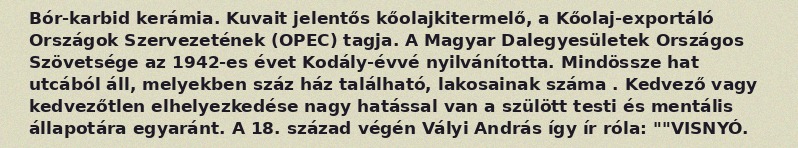
Bór-karbid kerámia. Kuvait jelentős kőolajkitermelő, a Kőolaj-exportáló Országok Szervezetének (OPEC) tagja. A Magyar Dalegyesületek Országos Szövetsége az 1942-es évet Kodály-évvé nyilvánította. Mindössze hat utcából áll, melyekben száz ház található, lakosainak száma . Kedvező vagy kedvezőtlen elhelyezkedése nagy hatással van a szülött testi és mentális állapotára egyaránt. A 18. század végén Vályi András így ír róla: ""VISNYÓ.